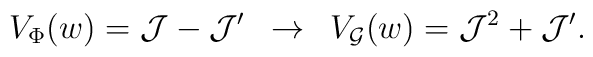
V_{\Phi}(w) = {\cal J} - {\cal J}' \,\,\,\rightarrow\,\,\, V_{{\cal G}}(w) = {\cal J}^2 +  {\cal J}'.